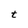
Character: t